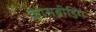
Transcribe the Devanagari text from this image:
क्रासब्रीडिंग